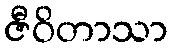
ဇီဝိတာသာ